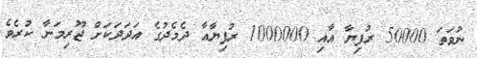
ނުވަތަ 50000 ރުފިޔާ އާއި 1000000 ރުފިޔާއާ ދެމެދުގެ އަދަދަކަށް ޖޫރިމަނާ ކުރެވެ